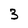
Character: 3